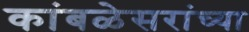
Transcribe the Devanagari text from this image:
कांबळेसरांच्या